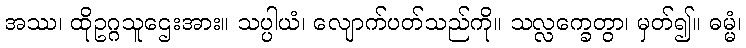
အဿ၊ ထိုဥဂ္ဂသူဌေးအား။ သပ္ပါယံ၊ လျောက်ပတ်သည်ကို။ သလ္လက္ခေတွာ၊ မှတ်၍။ ဓမ္မံ၊